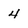
Character: 4